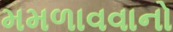
મમળાવવાનો